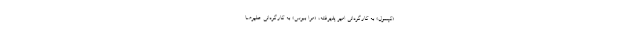
«کپسول» به کارگردانی امیر پذیرفته، «مرا ببوس» به کارگردانی علیرضا